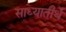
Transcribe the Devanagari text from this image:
साध्यातीर्थ